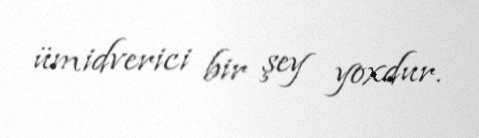
ümidverici bir şey yoxdur.